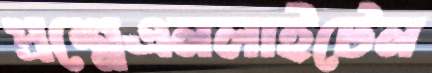
প্রশ্নেএনলাইটেন